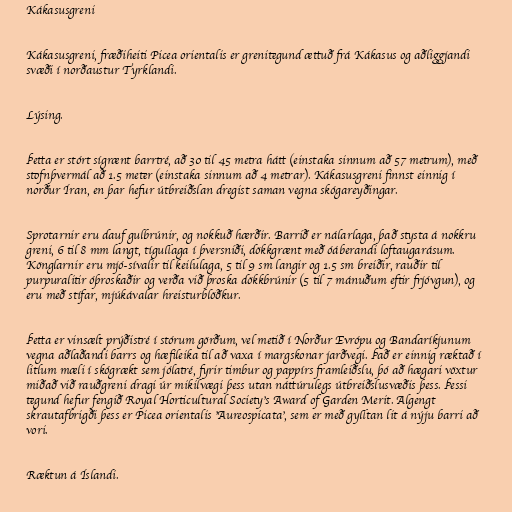
Kákasusgreni

Kákasusgreni, fræðiheiti Picea orientalis er grenitegund ættuð frá Kákasus og aðliggjandi
svæði í norðaustur Tyrklandi.

Lýsing.

Þetta er stórt sígrænt barrtré, að 30 til 45 metra hátt (einstaka sinnum að 57 metrum), með
stofnþvermál að 1.5 meter (einstaka sinnum að 4 metrar). Kákasusgreni finnst einnig í
norður Íran, en þar hefur útbreiðslan dregist saman vegna skógareyðingar.

Sprotarnir eru dauf gulbrúnir, og nokkuð hærðir. Barrið er nálarlaga, það stysta á nokkru
greni, 6 til 8 mm langt, tígullaga í þversniði, dökkgrænt með óáberandi loftaugarásum.
Könglarnir eru mjó-sívalir til keilulaga, 5 til 9 sm langir og 1.5 sm breiðir, rauðir til
purpuralitir óþroskaðir og verða við þroska dökkbrúnir (5 til 7 mánuðum eftir frjóvgun), og
eru með stífar, mjúkávalar hreisturblöðkur.

Þetta er vinsælt prýðistré í stórum görðum, vel metið í Norður Evrópu og Bandaríkjunum
vegna aðlaðandi barrs og hæfileika til að vaxa í margskonar jarðvegi. Það er einnig ræktað í
litlum mæli í skógrækt sem jólatré, fyrir timbur og pappírs framleiðslu, þó að hægari vöxtur
miðað við rauðgreni dragi úr mikilvægi þess utan náttúrulegs útbreiðslusvæðis þess. Þessi
tegund hefur fengið Royal Horticultural Society's Award of Garden Merit. Algengt
skrautafbrigði þess er Picea orientalis 'Aureospicata', sem er með gylltan lit á nýju barri að
vori.

Ræktun á Íslandi.